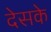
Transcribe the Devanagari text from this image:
देसके